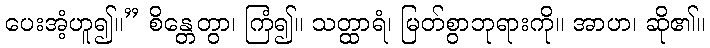
ပေးအံ့ဟူ၍။” စိန္တေတွာ၊ ကြံ၍။ သတ္ထာရံ၊ မြတ်စွာဘုရားကို။ အာဟ၊ ဆို၏။